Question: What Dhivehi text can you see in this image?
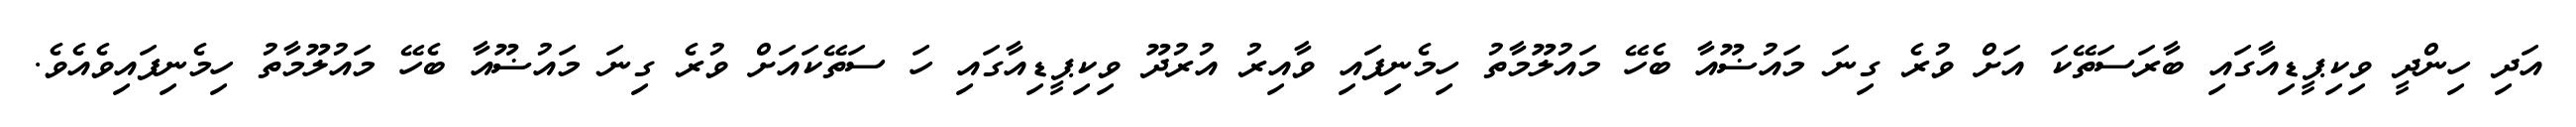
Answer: އަދި ހިންދީ ވިކިޕީޑިއާގައި ބާރަސަތޭކަ އަށް ވުރެ ގިނަ މައުޟޫއާ ބެހޭ މައުލޫމާތު ހިމެނިފައި ވާއިރު އުރުދޫ ވިކިޕީޑިއާގައި ހަ ސަތޭކައަށް ވުރެ ގިނަ މައުޟޫއާ ބެހޭ މައުލޫމާތު ހިމެނިފައިވެއެވެ.